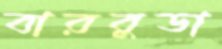
বারবুডা